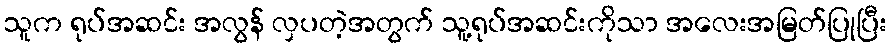
သူက ရုပ်အဆင်း အလွန် လှပတဲ့အတွက် သူ့ရုပ်အဆင်းကိုသာ အလေးအမြတ်ပြုပြီး